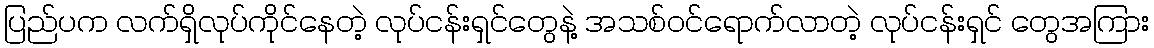
ပြည်ပက လက်ရှိလုပ်ကိုင်နေတဲ့ လုပ်ငန်းရှင်တွေနဲ့ အသစ်ဝင်ရောက်လာတဲ့ လုပ်ငန်းရှင် တွေအကြား